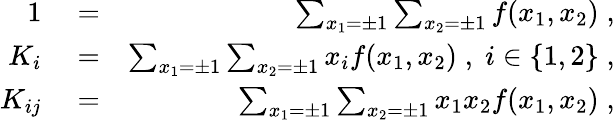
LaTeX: \begin{array}{rlr}{1}&{{}=}&{\sum_{x_{1}=\pm 1}\sum_{x_{2}=\pm 1}f(x_{1},x_{2})\; ,}\\ {K_{i}}&{{}=}&{\sum_{x_{1}=\pm 1}\sum_{x_{2}=\pm 1}x_{i}f(x_{1},x_{2})\; ,\; i\in\{ 1,2\} \; ,}\\ {K_{ij}}&{{}=}&{\sum_{x_{1}=\pm 1}\sum_{x_{2}=\pm 1}x_{1}x_{2}f(x_{1},x_{2})\; ,}\end{array}